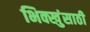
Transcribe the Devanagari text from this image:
भिक्खुंसाठी